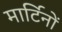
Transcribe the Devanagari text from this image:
मार्टिनों